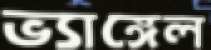
ভ্যাঙ্গেল